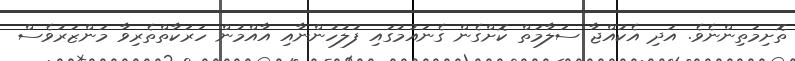
ތޮށިމަތިންނެވެ. އަދި އެކުއްޖާ ސަލާމަތް ކޮށްގެން ގެނައުމުގައި ފުލުހުންނާއި އާއްމުން ހަރަކާތްތެރިވާ މަންޒަރުވެސް